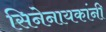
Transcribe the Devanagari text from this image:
सिनेनायकांनी